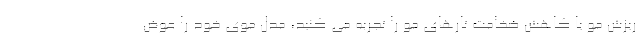
ریزش مو یا کاهش ضخامت تارهای مو را تجربه می کنید، مدل موی خود را عوض